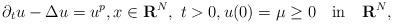
LaTeX: \begin{align*}\partial_t u-\Delta u=u^p,x\in{\bf R}^N,\,\,t>0,u(0)=\mu\ge 0\quad\mbox{in}\quad{\bf R}^N,\end{align*}